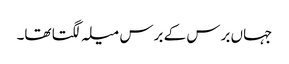
جہاں برس کے برس میلہ لگتا تھا۔